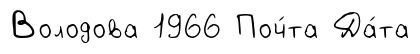
Володова 1966 Поч́та Да́та